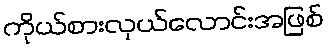
ကိုယ်စားလှယ်လောင်းအဖြစ်